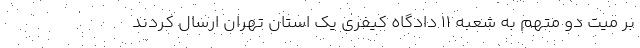
بر میت دو متهم به شعبه ۱۱ دادگاه کیفری یک استان تهران ارسال کردند